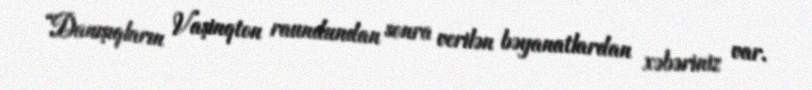
“Danışıqların Vaşinqton raundundan sonra verilən bəyanatlardan xəbəriniz var.